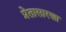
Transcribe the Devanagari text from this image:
प्रेतासारखा